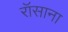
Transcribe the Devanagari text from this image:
रॉसाना